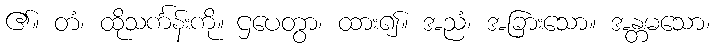
၏။ တံ၊ ထိုသင်္ကန်းကို။ ဌပေတွာ၊ ထား၍။ အညံ၊ အခြားသော။ အန္တမသော၊